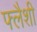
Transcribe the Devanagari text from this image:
फ्लैशी